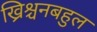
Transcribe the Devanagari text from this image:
ख्रिश्चनबहुल